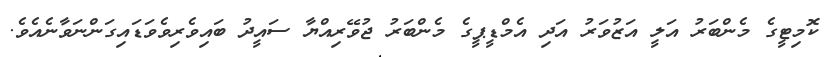
ކޮމިޓީގެ މެންބަރު އަލީ އަޒުވަރު އަދި އެމްޑީޕީގެ މެންބަރު ޖުވޭރިއްޔާ ސައީދު ބައިވެރިވެވަޑައިގަންނަވާނެއެވެ.